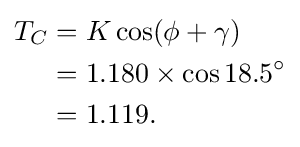
{\begin{aligned}T_{C}&=K\cos(\phi +\gamma )\\&=1.180\times \cos 18.5^{\circ }\\&=1.119.\\\end{aligned}}